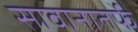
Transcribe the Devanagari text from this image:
सावानातर्फे